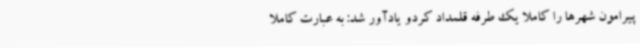
پیرامون شهرها را کاملاً یک طرفه قلمداد کردو یادآور شد: به عبارت کاملاً